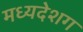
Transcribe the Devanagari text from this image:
मध्यदेशग